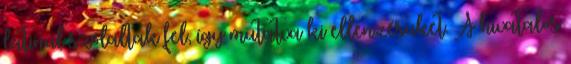
latinul szólaltak fel, így mutatva ki ellenzésüket. A hivatalos